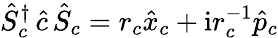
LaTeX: \hat{S}_{c}^{\dagger}\, \hat{c}\, \hat{S}_{c}=r_{c}\hat{x}_{c}+\mathrm{i}r_{c}^{-1}\hat{p}_{c}